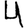
Digit: 4